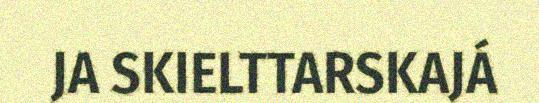
JA SKIELTTARSKAJÁ